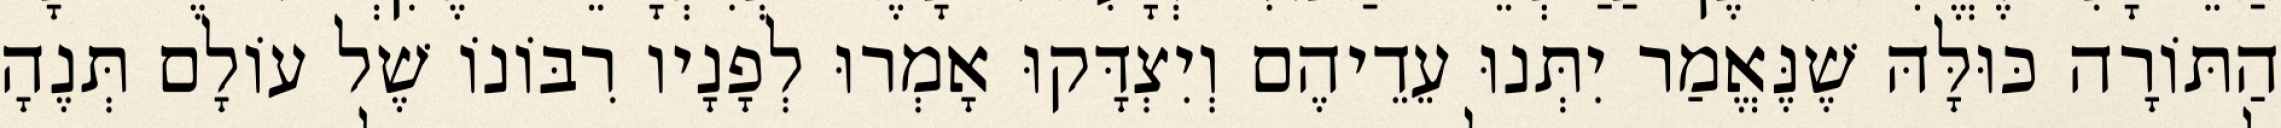
הַתּוֹרָה כּוּלָּהּ שֶׁנֶּאֱמַר יִתְּנוּ עֵדֵיהֶם וְיִצְדָּקוּ אָמְרוּ לְפָנָיו רִבּוֹנוֹ שֶׁל עוֹלָם תְּנֶהָ